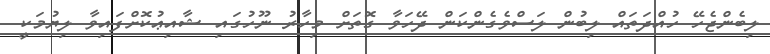
ލިބެންޖެހޭ ހުއްދަތައް ލިބުން ލަސްވެގެންކަން ދޭހަވާ ގޮތަށް މިހާރު ނޫހުގައި ޝާއިޢުކޮށްފައިވާ ލިޔުމަކީ